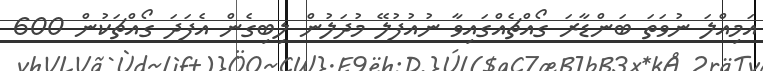
އަމިއްލަ ނުވަތަ ބަންޑާރަ ގޯއްޗެއްގައިވާ ނުއުފުލޭ މުދަލުން ލިބިގެން އެފަދަ ގޯއްޗަކުން 600